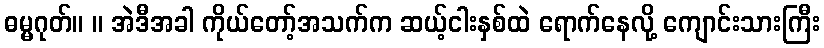
ဓမ္မဂုတ်။ ။ အဲဒီအခါ ကိုယ်တော့်အသက်က ဆယ့်ငါးနှစ်ထဲ ရောက်နေလို့ ကျောင်းသားကြီး